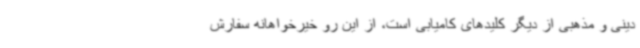
دینی و مذهبی از دیگر کلیدهای کامیابی است، از این رو خیرخواهانه سفارش